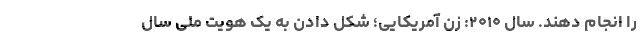
را انجام دهند. سال ۲۰۱۰: زن آمریکایی؛ شکل دادن به یک هویت ملی سال